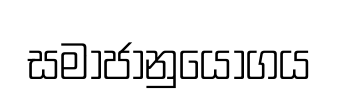
සමාජානුයෝගය